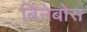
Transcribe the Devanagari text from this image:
बिंनेबोस